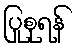
ပြုစုရန်